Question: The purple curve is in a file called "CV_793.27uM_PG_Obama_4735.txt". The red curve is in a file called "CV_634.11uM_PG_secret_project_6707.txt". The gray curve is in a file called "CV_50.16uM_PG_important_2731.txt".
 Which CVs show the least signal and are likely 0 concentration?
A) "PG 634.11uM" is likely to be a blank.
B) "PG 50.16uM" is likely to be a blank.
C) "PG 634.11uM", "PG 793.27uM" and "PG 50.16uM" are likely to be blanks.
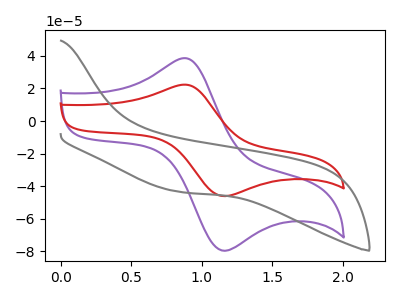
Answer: <think>The purple curve "PG 793.27uM" has an anodic peak at (0.90V, 38.50uA) and a cathodic peak at (1.15V, -79.70uA). The red curve "PG 634.11uM" has an anodic peak at (0.90V, 22.30uA) and a cathodic peak at (1.15V, -46.10uA). The gray curve "PG 50.16uM" has no peaks.</think>
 <answer>B) "PG 50.16uM" is likely to be a blank.</answer>
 <eval>B</eval>